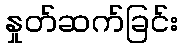
နှုတ်ဆက်ခြင်း